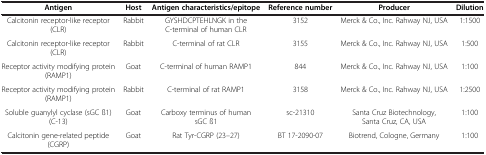
| Antigen | Host | Antigen characteristics/epitope | Reference number | Producer | Dilution |
 | --- | --- | --- | --- | --- | --- |
 | Calcitonin receptor-like receptor (CLR) | Rabbit | GYSHDCPTEHLNGK in the C-terminal of human CLR | 3152 | Merck & Co., Inc. Rahway NJ, USA | 1:1500 |
 | Calcitonin receptor-like receptor (CLR) | Rabbit | C-terminal of rat CLR | 3155 | Merck & Co., Inc. Rahway NJ, USA | 1:500 |
 | Receptor activity modifying protein (RAMP1) | Goat | C-terminal of human RAMP1 | 844 | Merck & Co., Inc. Rahway NJ, USA | 1:100 |
 | Receptor activity modifying protein (RAMP1) | Rabbit | C-terminal of rat RAMP1 | 3158 | Merck & Co., Inc. Rahway NJ, USA | 1:2500 |
 | Soluble guanylyl cyclase (sGC ß1) (C-13) | Goat | Carboxy terminus of human sGC ß1 | sc-21310 | Santa Cruz Biotechnology, Santa Cruz, CA, USA | 1:100 |
 | Calcitonin gene-related peptide (CGRP) | Goat | Rat Tyr-CGRP (23–27) | BT 17-2090-07 | Biotrend, Cologne, Germany | 1:100 |